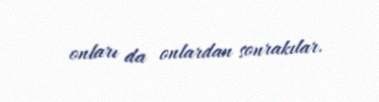
onları da onlardan sonrakılar.